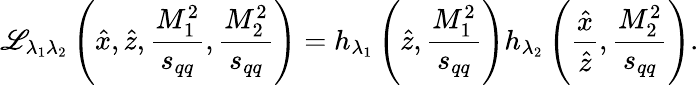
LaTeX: {\cal\mathscr{L}}_{\lambda_{1}\lambda_{2}}\left(\hat{{x}},\hat{{z}},\frac{{M_{1}^{2}}}{{s_{qq}}},\frac{{M_{2}^{2}}}{{s_{qq}}}\right)=h_{\lambda_{1}}\left(\hat{{z}},\frac{{M_{1}^{2}}}{{s_{qq}}}\right)h_{\lambda_{2}}\left(\frac{{\hat{{x}}}}{{\hat{{z}}}},\frac{{M_{2}^{2}}}{{s_{qq}}}\right).